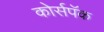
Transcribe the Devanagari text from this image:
कोर्सपॅक